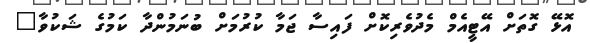
އޮޅޭ ގޮތަށް އޭޓީއެމް މެދުވެރިކޮށް ފައިސާ ޖަމާ ކުރުމަށް ބުނަމުންދާ ކަމުގެ ޝަކުވާ"